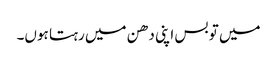
میں تو بس اپنی دھن میں رہتا ہوں۔